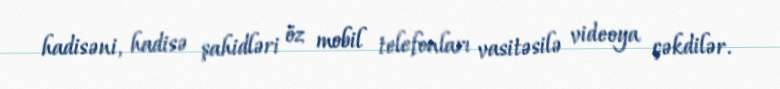
hadisəni, hadisə şahidləri öz mobil telefonları vasitəsilə videoya çəkdilər.